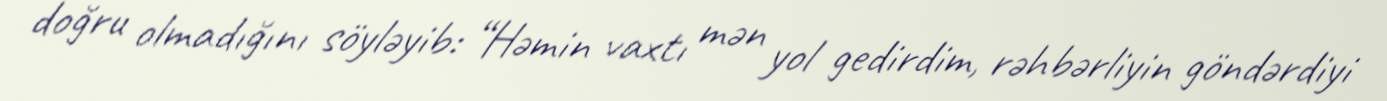
doğru olmadığını söyləyib: “Həmin vaxtı mən yol gedirdim, rəhbərliyin göndərdiyi